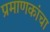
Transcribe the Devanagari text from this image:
प्रमाणकांचा